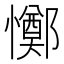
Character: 𢤜